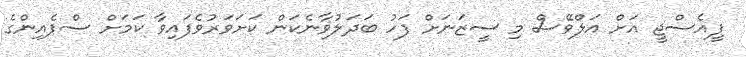
ޕީއެސްޖީ އަށް އަލްވޭސް މި ސީޒަނަށް ފަހު ބަދަލުވާނެކަން ކަށަވަރުވެފައިވާ ކަމަށް ސްޕެއިންގެ